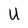
Character: U